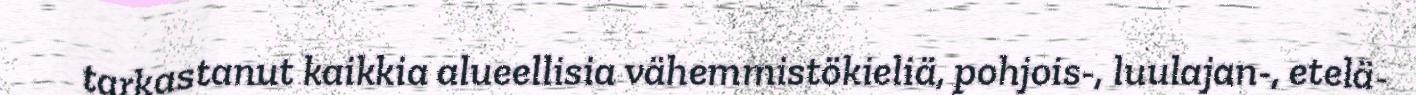
tarkastanut kaikkia alueellisia vähemmistökieliä, pohjois-, luulajan-, etelä-